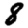
Digit: 8